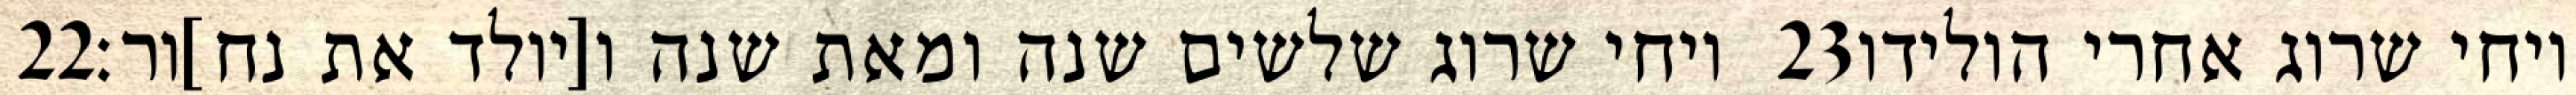
‎22‏ ויחי שרוג שלשים שנה ומאת שנה ו[יולד את נח]ור׃ ‎23‏ ויחי שרוג אחרי הולידו